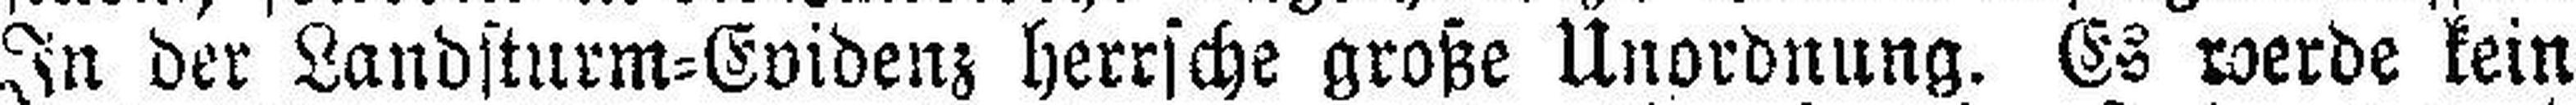
In der Landsturm=Evidenz herrsche große Unordnung. Es werde kein